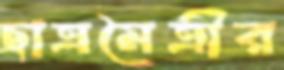
ছাত্রমৈত্রীর